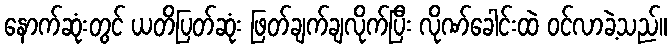
နောက်ဆုံးတွင် ယတိပြတ်ဆုံး ဖြတ်ချက်ချလိုက်ပြီး လိုဏ်ခေါင်းထဲ ဝင်လာခဲ့သည်။